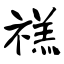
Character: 禚